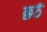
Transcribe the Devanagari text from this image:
छ्ठें